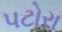
પટોરા